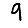
Digit: 9